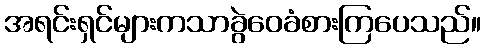
အရင်းရှင်များကသာခွဲဝေခံစားကြပေသည်။